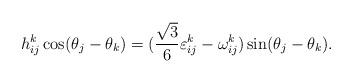
LaTeX: \begin{align*}h_{ij}^k \cos(\theta_j-\theta_k) = (\frac{\sqrt{3}}{6}\varepsilon_{ij}^k-\omega_{ij}^k )\sin(\theta_j-\theta_k).\end{align*}